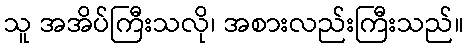
သူ အအိပ်ကြီးသလို၊ အစားလည်းကြီးသည်။